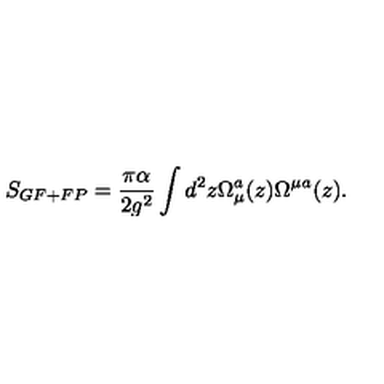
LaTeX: S _ { G F + F P } = { \frac { \pi \alpha } { 2 g ^ { 2 } } } \int d ^ { 2 } z \Omega _ { \mu } ^ { a } ( z ) \Omega ^ { \mu } { } ^ { a } ( z ) .